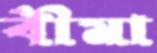
বীমা